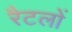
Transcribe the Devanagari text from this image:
रैटलों